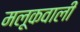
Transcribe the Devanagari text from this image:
मलूकवाली